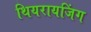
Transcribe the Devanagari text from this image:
थियरायजिंग